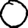
Digit: 0